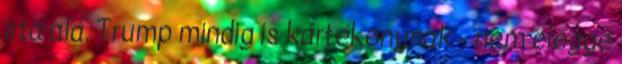
írta alá. Trump mindig is kártékonynak - nem eléggé